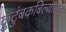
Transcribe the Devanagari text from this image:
कुटुंबकबिल्यासह